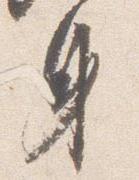
身